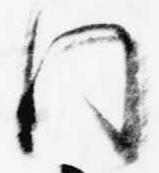
門